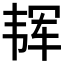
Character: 𱂈